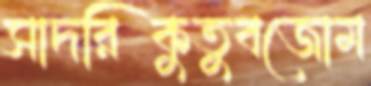
সাদরিকুতুবজোম